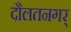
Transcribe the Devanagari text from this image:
दौलतनगर्